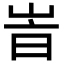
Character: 峕